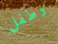
وطفل